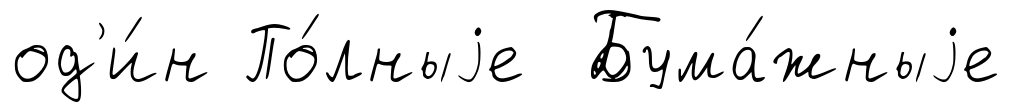
од'и́н По́лныjе Бума́жныjе